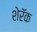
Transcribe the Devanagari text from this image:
शेरॅक